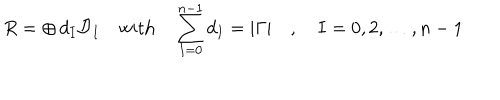
R = \oplus \, d _ { I } { \cal D } _ { I } \quad \mathrm { w i t h } \quad \sum _ { I = 0 } ^ { n - 1 } d _ { I } = | \Gamma | \quad , \quad I = 0 , 2 , \ldots , n - 1